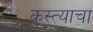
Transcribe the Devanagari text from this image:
कुस्त्याचा